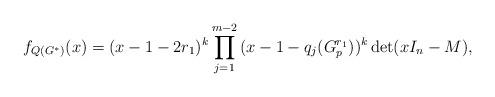
LaTeX: \begin{align*}f_{Q(G^*)} (x) = (x -1-2 {r_1})^k\prod\limits_{j = 1}^{m - 2} {(x-1- q _j (G_p^{r_1} ))^k}\det (xI_n - M),\end{align*}